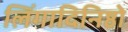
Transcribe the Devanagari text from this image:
लिंगादिनिष्ठो